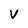
Character: V